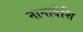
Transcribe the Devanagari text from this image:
नानादेशि